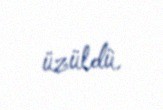
üzüldü.